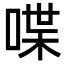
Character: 喋